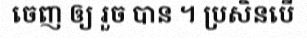
ចេញ ឲ្យ រួច បាន ។ ប្រសិនបើ